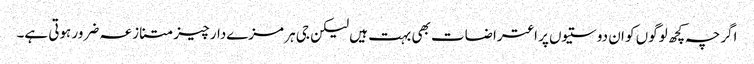
اگرچہ کچھ لوگوں کو ان دوستیوں پر اعتراضات بھی بہت ہیں لیکن جی ہر مزےدار چیز متنازعہ ضرور ہوتی ہے۔